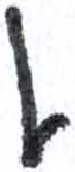
אות: ן